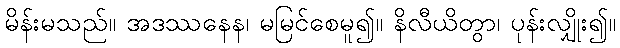
မိန်းမသည်။ အဒဿနေန၊ မမြင်စေမူ၍။ နိလီယိတွာ၊ ပုန်းလျှိုး၍။